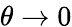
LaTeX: \theta\xrightarrow{}0